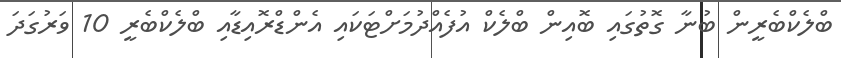
ބްލެކްބެރީން ބުނާ ގޮތުގައި ބޮއިން ބްލެކް އުފެއްދުމަށްޓަކައި އެންޑްރޮއިޑާއި ބްލެކްބެރީ 10 ވަރުގަދަ